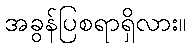
အခွန်ပြစရာရှိလား။